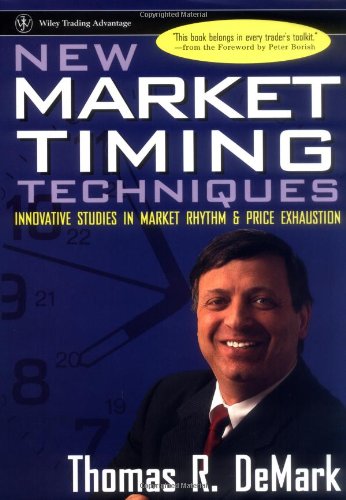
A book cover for New Market Timing Techniques: Innovative Studies in Market Rhythm & Price Exhaustion; Thomas R. DeMark; Business & Money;